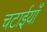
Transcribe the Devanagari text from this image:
चटाईयाँ